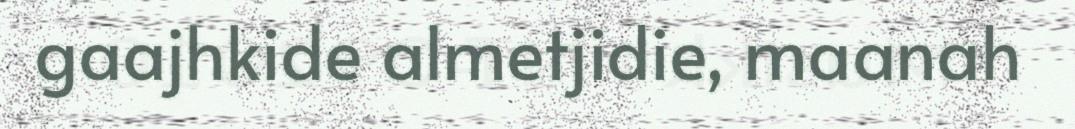
gaajhkide almetjidie, maanah